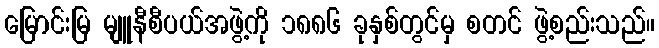
မြောင်းမြ မျူနီစီပယ်အဖွဲ့ကို ၁၈၈၆ ခုနှစ်တွင်မှ စတင် ဖွဲ့စည်းသည်။